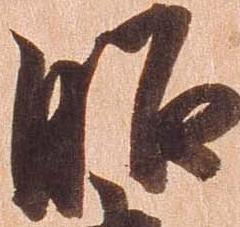
昭